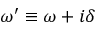
\omega ^ { \prime } \equiv \omega + i \delta